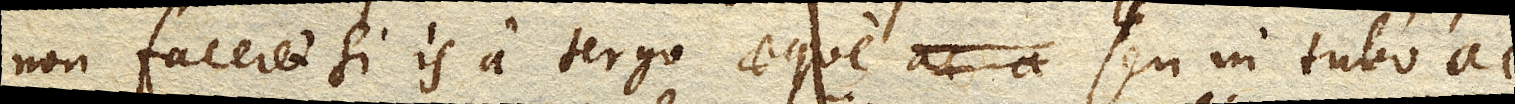
non faceret si is a tergo aeque seu in Tubo ac